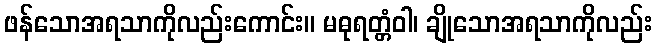
ဖန်သောအရသာကိုလည်းကောင်း။ မဓုရတ္တံဝါ၊ ချိုသောအရသာကိုလည်း